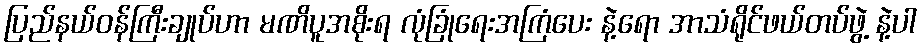
ပြည်နယ်ဝန်ကြီးချုပ်ဟာ မဏိပူအစိုးရ လုံခြုံရေးအကြံပေး နဲ့ရော အာသံရိုင်ဖယ်တပ်ဖွဲ့ နဲ့ပါ